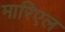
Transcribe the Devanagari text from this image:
मारिएल